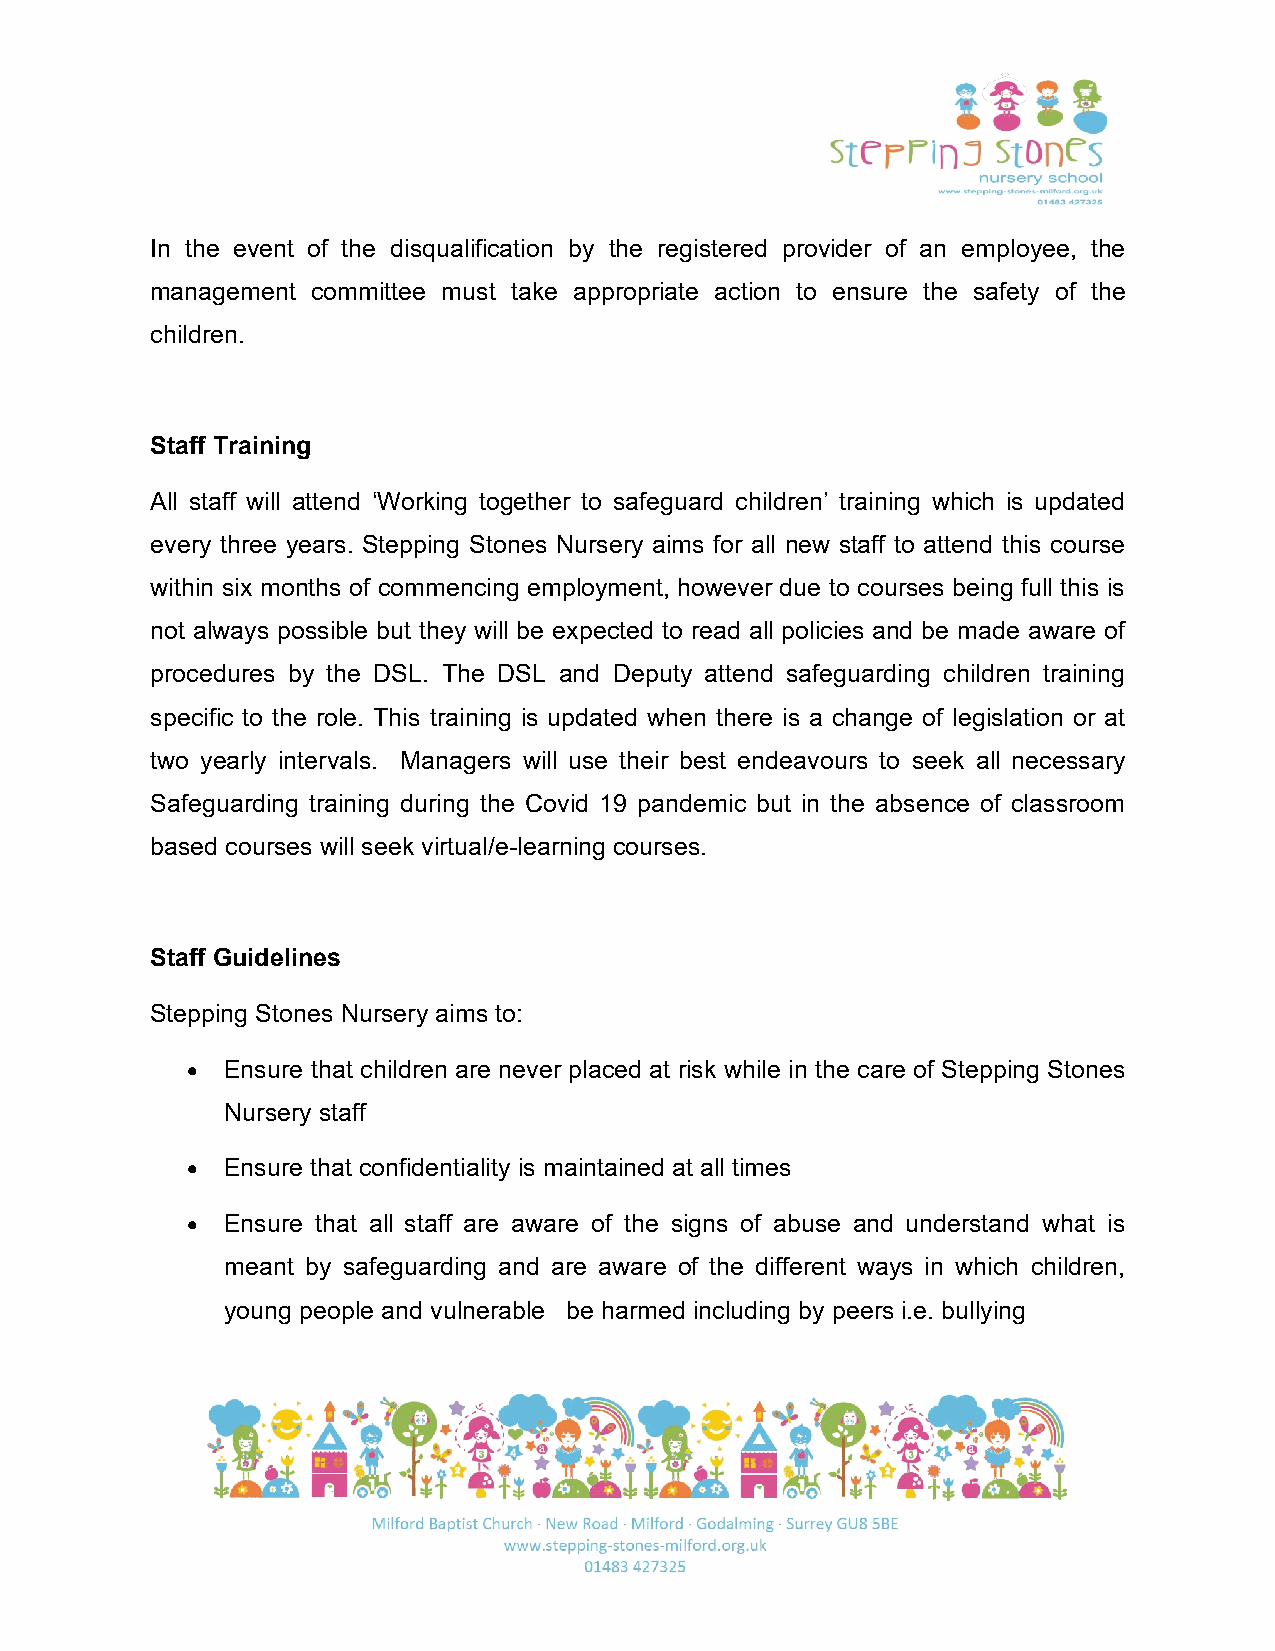
In the event of the disqualification by the registered provider of an employee, the
 management committee must take appropriate action to ensure the safety of the
 children.
 Staff Training
 All staff will attend ‘Working together to safeguard children’ training which is updated
 every three years. Stepping Stones Nursery aims for all new staff to attend this course
 within six months of commencing employment, however due to courses being full this is
 not always possible but they will be expected to read all policies and be made aware of
 procedures by the DSL. The DSL and Deputy attend safeguarding children training
 specific to the role. This training is updated when there is a change of legislation or at
 two yearly intervals. Managers will use their best endeavours to seek all necessary
 Safeguarding training during the Covid 19 pandemic but in the absence of classroom
 based courses will seek virtual/e-learning courses.
 Staff Guidelines
 Stepping Stones Nursery aims to:
 •  Ensure that children are never placed at risk while in the care of Stepping Stones
 Nursery staff
 •  Ensure that confidentiality is maintained at all times
 •  Ensure that all staff are aware of the signs of abuse and understand what is
 meant by safeguarding and are aware of the different ways in which children,
 young people and vulnerable be harmed including by peers i.e. bullying